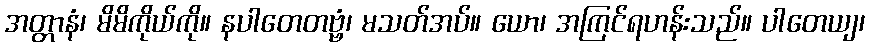
အတ္တာနံ၊ မိမိကိုယ်ကို။ နပါတေတဗ္ဗံ၊ မသတ်အပ်။ ယော၊ အကြင်ရဟန်းသည်။ ပါတေယျ၊